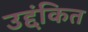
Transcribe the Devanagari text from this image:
उद्दंकित